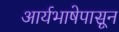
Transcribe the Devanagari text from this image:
आर्यभाषेपासून